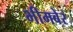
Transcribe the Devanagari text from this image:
भीमबेर